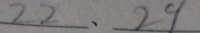
2 2 、 2 9